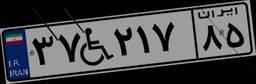
۵۶W۶۶۵۱۳